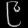
Digit: ၉